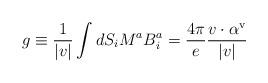
LaTeX: \begin{align*}g\equiv \frac{1}{|v|}\int dS_{i}M^{a}B_{i}^{a}=\frac{4\pi }{e}\frac{v\cdot \alpha ^{\textrm{v}}}{|v|}\end{align*}